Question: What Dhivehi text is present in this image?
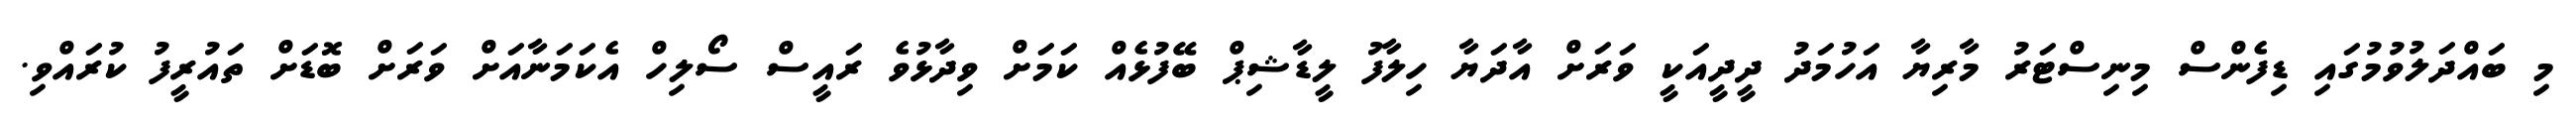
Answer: މި ބައްދަލުވުމުގައި ޑިފެންސް މިނިސްޓަރު މާރިޔާ އަހުމަދު ދީދީއަކީ ވަރަށް އާދަޔާ ހިލާފު ލީޑާޝިޕް ބޭފުޅެއް ކަމަށް ވިދާޅުވެ ރައީސް ސޯލިހް އެކަމަނާއަށް ވަރަށް ބޮޑަށް ތައުރީފު ކުރައްވި.